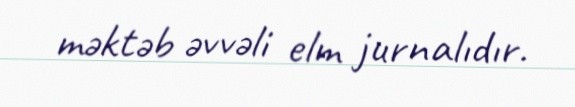
məktəb əvvəli elm jurnalıdır.